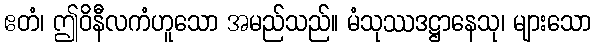
ဧတံ၊ ဤဝိနီလကံဟူသော အမည်သည်။ မံသုဿဒဋ္ဌာနေသု၊ များသော